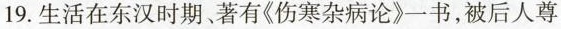
19.生活在东汉时期、著有《伤寒杂病论》一书，被后人尊